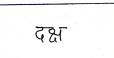
मजकूर: दक्ष